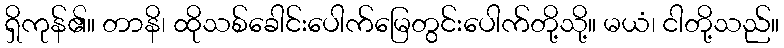
ရှိကုန်၏။ တာနိ၊ ထိုသစ်ခေါင်းပေါက်မြေတွင်းပေါက်တို့သို့။ မယံ၊ ငါတို့သည်။